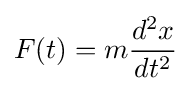
F(t)=m{\frac {d^{2}x}{dt^{2}}}